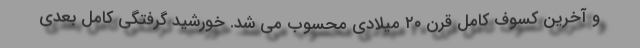
و آخرین کسوف کامل قرن ۲۰ میلادی محسوب می شد. خورشید گرفتگی کامل بعدی